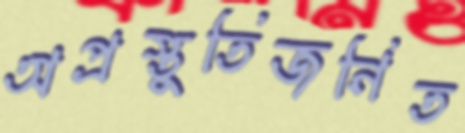
অপ্রস্তুতিজনিত